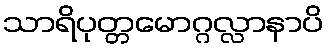
သာရိပုတ္တမောဂ္ဂလ္လာနာပိ